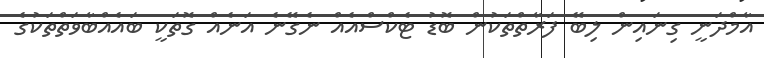
އާމްދަނީ ގިނައިން ލިބޭ ފަރާތްތަކުން ބޮޑު ޓެކްސްއެއް ނެގޭނެ އަނެއް ގޮތަކީ ބައެއްބާވަތްތަކުގެ